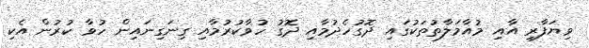
ވިޔަފާރި އާއި މުއާމަލާތުތަކުގައި ދޮގުހެދުމާއި ދޮގު ހުވާކުރުމާއި ގިނަގިނައިން ހުވާ ކުރުން އެކި